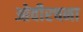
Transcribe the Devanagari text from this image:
ओवीरचना